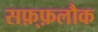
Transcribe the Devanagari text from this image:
सफ़्फ़लौक